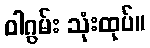
ဝါဂွမ်း သုံးထုပ်။